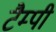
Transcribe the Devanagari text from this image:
टैम्पी